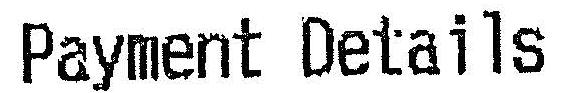
PAYMENT DETAILS